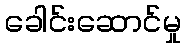
ခေါင်းဆောင်မှု